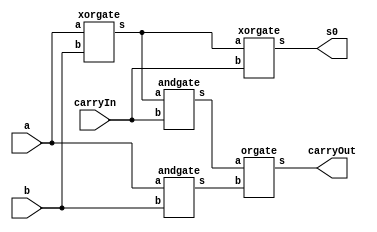
// -------------------------
// Exemplo0031  Somador algebrico selecionavel
// Nome: Roger Rubens Machado
// ------------------------- 
 
//modulo fullAdder
module fullAdder (output s0, output carryOut, input a, input b,  input carryIn);

   wire x,y,z;
   xorgate XOR1(x,a,b);
   andgate AND1(y,a,b);
   xorgate XOR2(s0,x,carryIn);
   andgate AND2(z,x,carryIn);
   orgate OR2(carryOut,z,y);

endmodule // fullAdder

// half adder 	
module halfAdder( s0, carry_out, a, b);
	input a, b;
	output s0, carry_out;
	
	xor XOR1(s0, a, b);
	and AND1(carry_out, a, b);
endmodule // halfAdder

// full adder 3 bits	
module fullAdder3 (output [2:0]s, input [2:0]a, input [2:0]b); 
	wire vaiUm;
	wire vaiUm1;
	wire carry_out;
	
	halfAdder ha1(s[0], vaiUm, a[0], b[0]);
	fullAdder ha2(s[1], vaiUm1, a[1], b[1], vaiUm);
	fullAdder ha3(s[2], carry_out, a[2], b[2], vaiUm1);	
endmodule // fullAdder 

module somadorSelecionavel (output [2:0]s, output carryOut, input operador, input [2:0]a, input [2:0]b );
  wire w0, w1, w2, c0, c1, c2;
  xorgate XOR0 ( w0, operador, b[0] );
  xorgate XOR1 ( w1, operador, b[1] );
  xorgate XOR2 ( w2, operador, b[2] );
  xorgate XOR3 (carryOut, c2, operador);

  fullAdder FA0 ( s[0], c0, w0, a[0], operador);
  fullAdder FA1 ( s[1], c1, w1, a[1], c0);
  fullAdder FA2 ( s[2], c2, w2, a[2], c1);
endmodule // somadorSelecionavel

module andgate (output s, input a, input b);
  assign s = a & b;
endmodule

module xorgate (output s, input a, input b);
  assign s = a ^ b;
endmodule

module orgate (output s, input a,  input b);
  assign s = a | b;
endmodule

module test_somadorSelecionavel;
// ------------------------- definir dados
      reg [2:0] x;
      reg [2:0] y;
      reg operador;
      wire [2:0] resultado;
      wire carryOut;

      somadorSelecionavel SS(resultado, carryOut, operador, x, y);
		
// ------------------------- parte principal 
 initial begin 
      $display("Exemplo0031 - Roger Rubens Machado - 430533");
      $display("Somador selecionavel - 3bits\n");

      x=3'b000; y=3'b000; operador=1'b0;
      $monitor("%3b   %3b   Op:%1b   Resultado:   %3b   CarryOut: ",x,y,operador,resultado,carryOut);
      #1 x=3'b010; y=3'b011; operador=0;
      #1 x=3'b001; y=3'b010; operador=0;
      #1 x=3'b011; y=3'b010; operador=1;
      #1 x=3'b011; y=3'b011; operador=1;
      #1 x=3'b010; y=3'b001; operador=1;
 
 end
 
endmodule